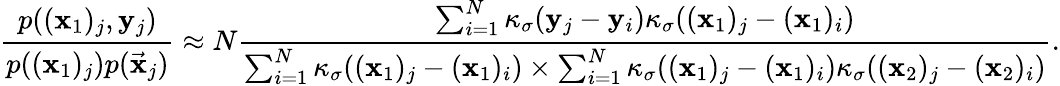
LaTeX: \frac{p((\mathbf{x}_{1})_{j},\mathbf{y}_{j})}{p((\mathbf{x}_{1})_{j})p(\vec{\mathbf{x}}_{j})}\approx N\frac{\sum_{i=1}^{N}\kappa_{\sigma}(\mathbf{y}_{j}-\mathbf{y}_{i})\kappa_{\sigma}((\mathbf{x}_{1})_{j}-(\mathbf{x}_{1})_{i})}{\sum_{i=1}^{N}\kappa_{\sigma}((\mathbf{x}_{1})_{j}-(\mathbf{x}_{1})_{i})\times\sum_{i=1}^{N}\kappa_{\sigma}((\mathbf{x}_{1})_{j}-(\mathbf{x}_{1})_{i})\kappa_{\sigma}((\mathbf{x}_{2})_{j}-(\mathbf{x}_{2})_{i})}.